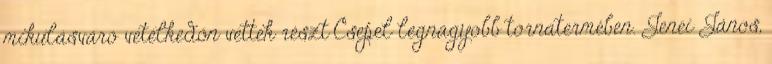
mikulásváró vetélkedőn vettek részt Csepel legnagyobb tornatermében. Jenei János,